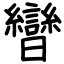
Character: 曫